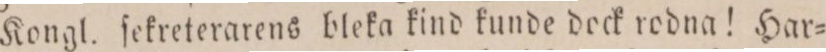
Kongl. ſekreterarens bleka kind kunde dock rodna! Har=